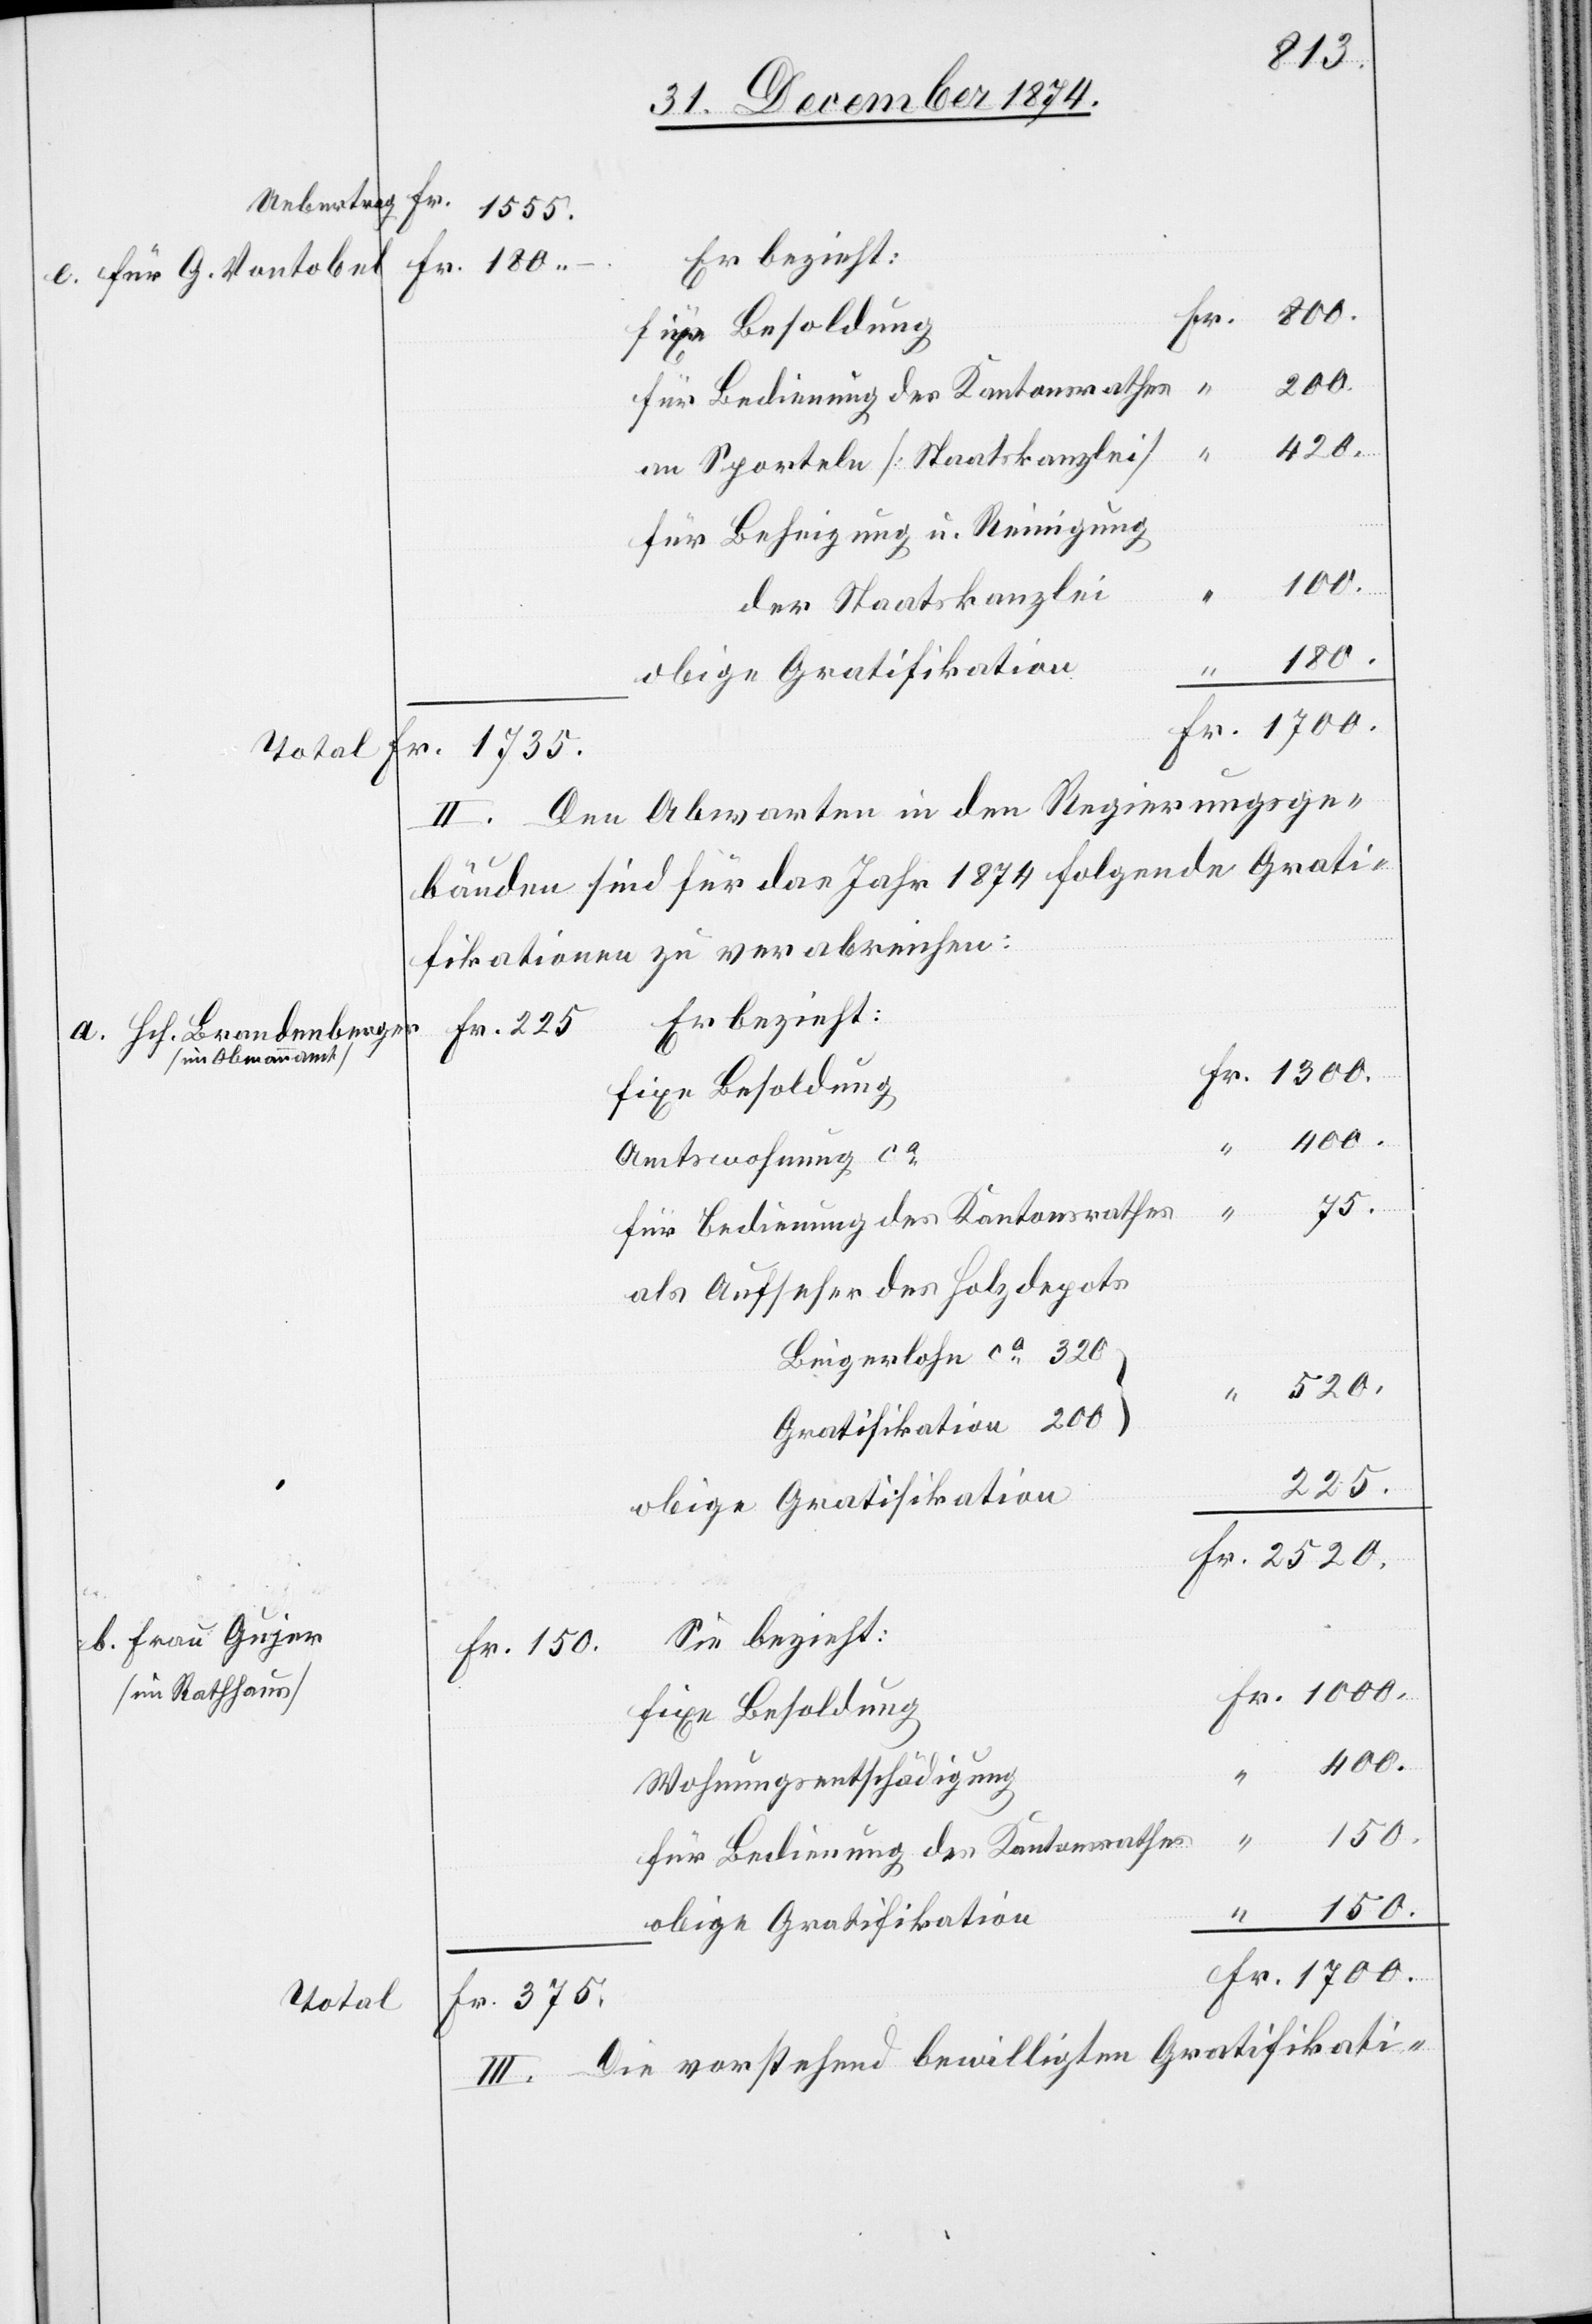
75.
“
fixe Besoldung
1000.
für Bedienung des Kantonsrathes
420.
an Sporteln [Staatskanzlei]
für Beheizung u. Reinigung
1700.
der Staatskanzlei
180.
Den Abwarten [sic!] in den Regierungsge¬
II.
bäuden sind für das Jahr 1874 folgende Grati¬
fikationen zu verabreichen:
Er bezieht:
Fr. 225
a. Hch. Brandenberger
[im Obmannamt]
Amtswohnung ca
als Aufseher des Holzdepots
Beigerlohn ca 320
Gratifikation 200
225.
Sie bezieht:
b. Frau Gujer
Fr. 150
[im Rathaus]
400.
}
Wohnungsentschädigung
G.
180.–
150.
e.
obige Gratifikation
Fr. 375.
Total
III. Die vorstehend bewilligten Gratifikati-